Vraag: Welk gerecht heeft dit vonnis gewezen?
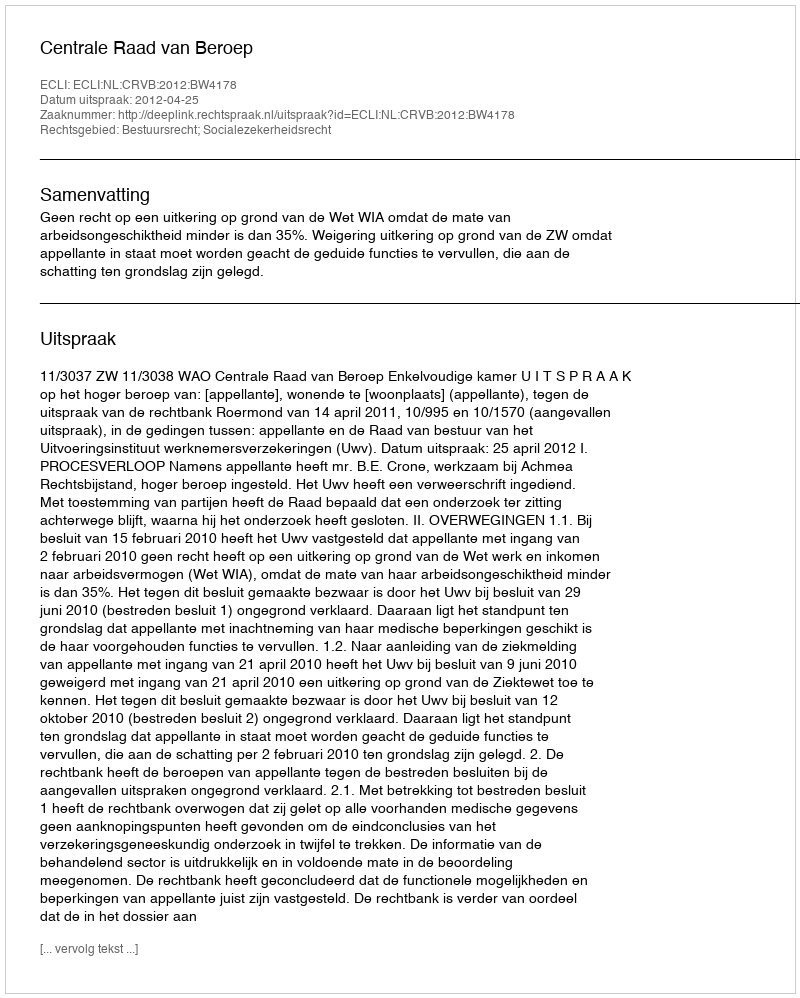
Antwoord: Centrale Raad van Beroep